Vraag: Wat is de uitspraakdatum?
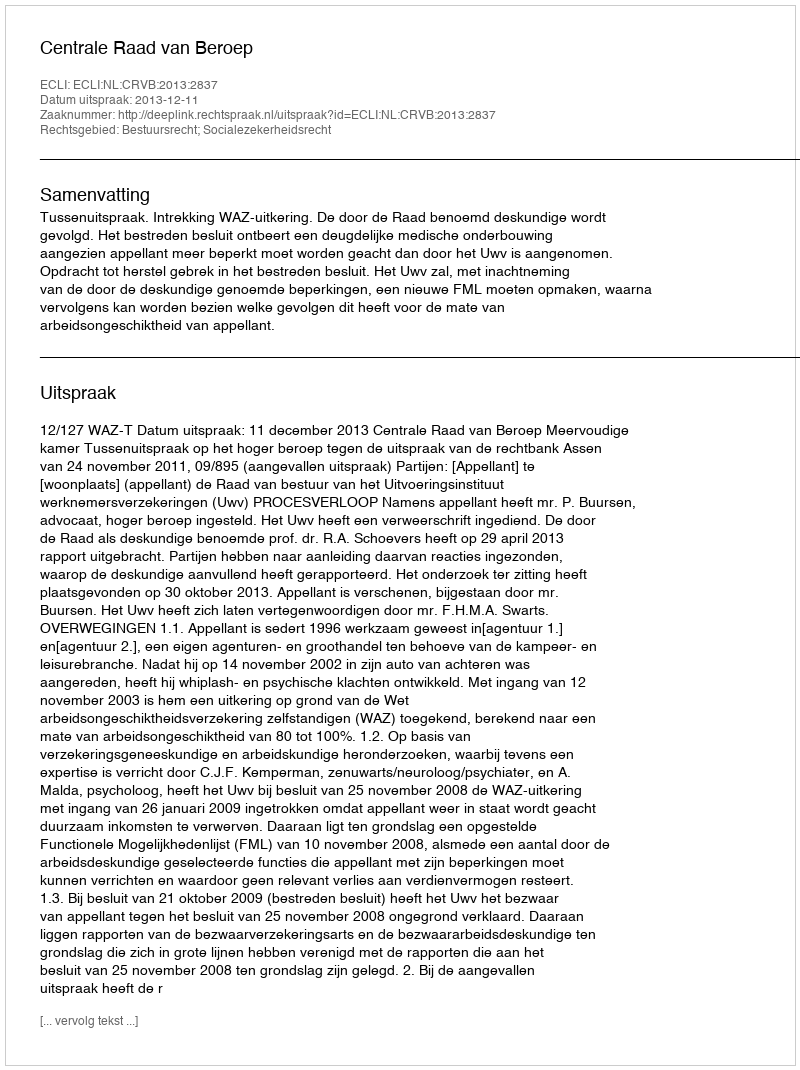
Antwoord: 2013-12-11